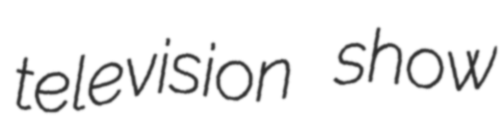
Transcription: television show